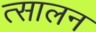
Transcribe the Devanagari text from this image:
त्सालन